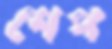
শেপ